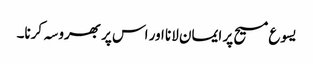
یسوع مسیح پر ایمان لانا اور اس پر بھروسہ کرنا۔